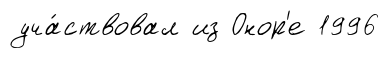
уча́ствовал из Онор'е 1996